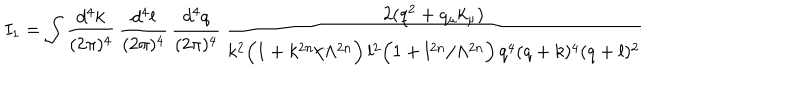
I _ { 1 } = \int \frac { d ^ { 4 } k } { ( 2 \pi ) ^ { 4 } } \, \frac { d ^ { 4 } l } { ( 2 \pi ) ^ { 4 } } \, \frac { d ^ { 4 } q } { ( 2 \pi ) ^ { 4 } } \, \frac { 2 ( q ^ { 2 } + q _ { \mu } k _ { \mu } ) } { k ^ { 2 } \Big ( 1 + k ^ { 2 n } / \Lambda ^ { 2 n } \Big ) \, l ^ { 2 } \Big ( 1 + l ^ { 2 n } / \Lambda ^ { 2 n } \Big ) \, q ^ { 4 } ( q + k ) ^ { 4 } ( q + l ) ^ { 2 } }